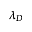
\lambda _ { D }